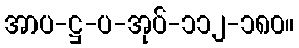
အာပ-ဋ္ဌ-ပ-အုပ်-၁၁၂-၁၈၀။